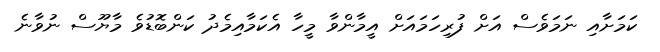
ކަމަށާއި ނަމަވެސް އަށް ފުރިހަމައަށް އީމާންވާ މީހާ އެކަމާއިމެދު ކަންބޮޑުވެ މާޔޫސް ނުވާނެ